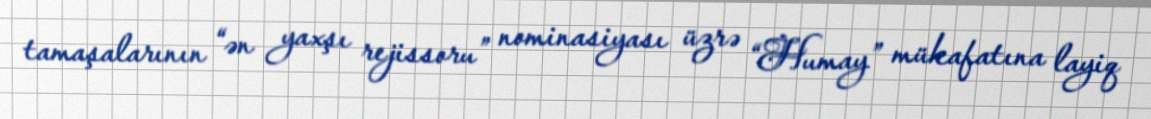
tamaşalarının “ən yaxşı rejissoru” nominasiyası üzrə “Humay” mükafatına layiq